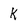
Character: K